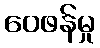
ဝေဖန်မှု